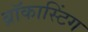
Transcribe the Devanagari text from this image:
ब्रॉकास्टिंग